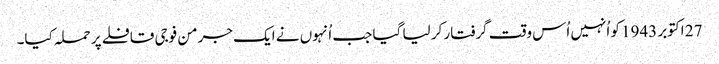
27 اکتوبر 1943 کو اُنہیں اُس وقت گرفتار کر لیا گیا جب اُنہوں نے ایک جرمن فوجی قافلے پر حملہ کیا۔